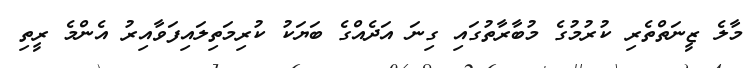
މާލެ ޒީނަތްތެރި ކުރުމުގެ މުބާރާތުގައި ގިނަ އަދެއްގެ ބަޔަކު ކުރިމަތިލައިފަވާއިރު އެންމެ ރީތި